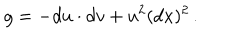
g = - d u \cdot d v + u ^ { 2 } ( d x ) ^ { 2 } \, .